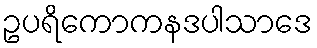
ဥပရိကောကနဒပါသာဒေ